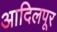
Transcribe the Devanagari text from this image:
आदिलपूर